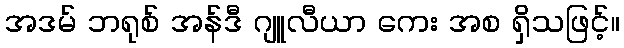
အဒမ် ဘရုစ် အန်ဒီ ဂျူလီယာ ကေး အစ ရှိသဖြင့်။